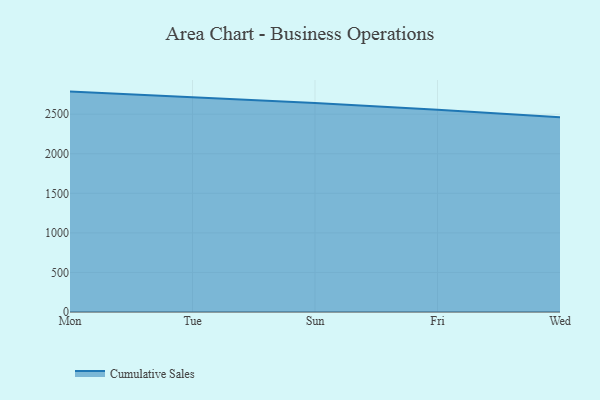
{"axis": {"x": "Day", "y": "Inventory Turnover"}, "legend": ["Cumulative Sales"], "data": [{"x": "Mon", "y": 2785.5, "type": "Cumulative Sales"}, {"x": "Tue", "y": 2717.8, "type": "Cumulative Sales"}, {"x": "Sun", "y": 2642.4, "type": "Cumulative Sales"}, {"x": "Fri", "y": 2555.2, "type": "Cumulative Sales"}, {"x": "Wed", "y": 2462.3, "type": "Cumulative Sales"}]}